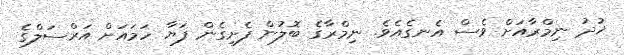
ޚުދު ނިމްރާއަށް ވެސް އެނގެއެވެ. ނިމްރާގެ ބޮލުން ފެށިގެން ފަޔާ ހަމައަށް އަރްސަލްގެ